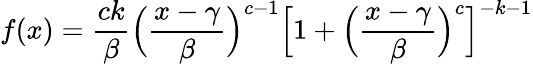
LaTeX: f(x)={\frac{ck}{\beta}}{\Big(}{\frac{x-\gamma}{\beta}}{\Big)}^{c-1}{\Big[}1+{\Big(}{\frac{x-\gamma}{\beta}}{\Big)}^{c}{\Big]}^{-k-1}